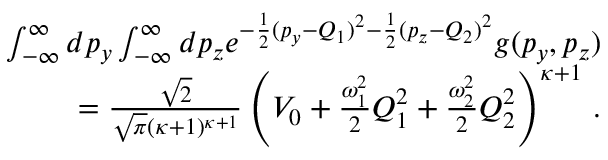
\begin{array} { r } { \int _ { - \infty } ^ { \infty } d p _ { y } \int _ { - \infty } ^ { \infty } d p _ { z } e ^ { - \frac { 1 } { 2 } ( p _ { y } - Q _ { 1 } ) ^ { 2 } - \frac { 1 } { 2 } ( p _ { z } - Q _ { 2 } ) ^ { 2 } } g ( p _ { y } , p _ { z } ) } \\ { = \frac { \sqrt { 2 } } { \sqrt { \pi } ( \kappa + 1 ) ^ { \kappa + 1 } } \left( V _ { 0 } + \frac { \omega _ { 1 } ^ { 2 } } { 2 } Q _ { 1 } ^ { 2 } + \frac { \omega _ { 2 } ^ { 2 } } { 2 } Q _ { 2 } ^ { 2 } \right) ^ { \kappa + 1 } \, . } \end{array}